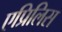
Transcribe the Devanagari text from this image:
एप्रिलिस